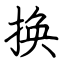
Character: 换